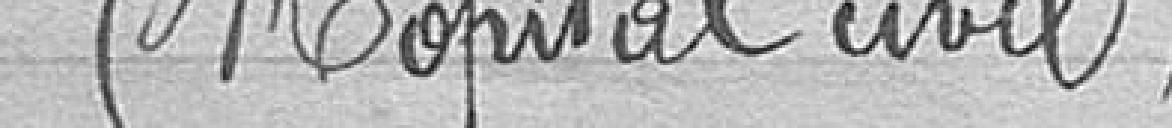
(Hôpital civil)